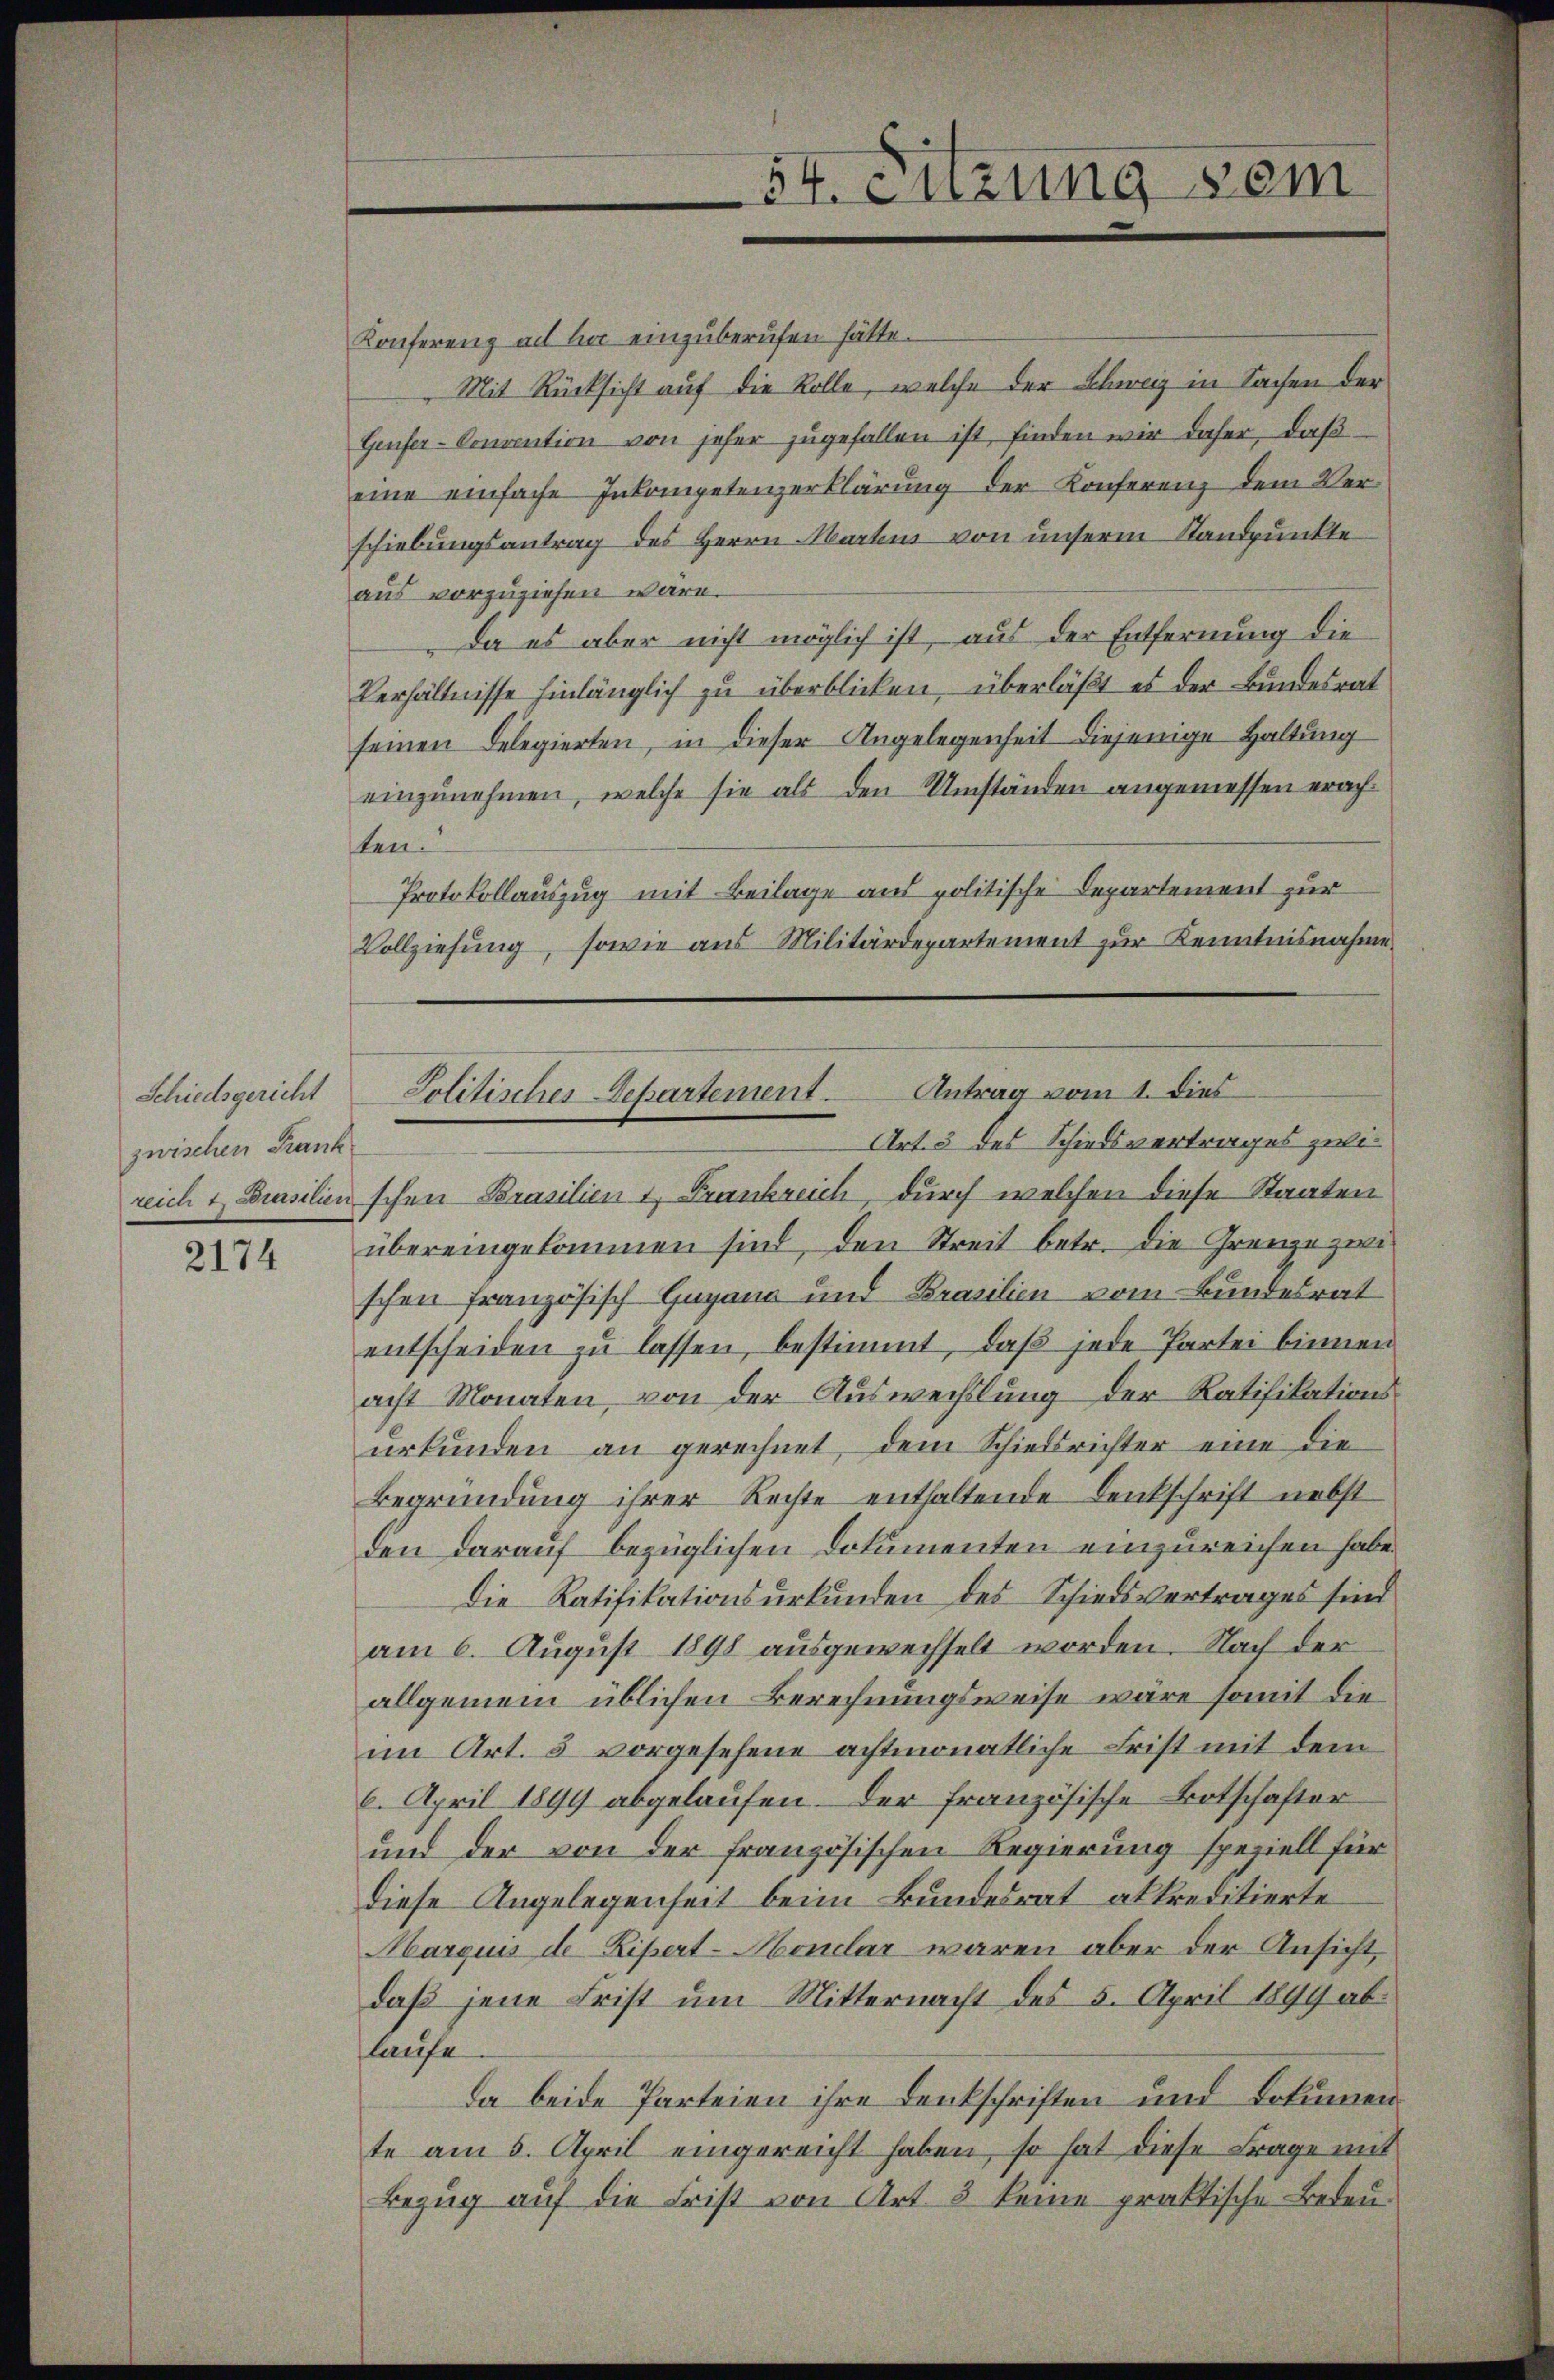
Schiedsgericht
zwischen Krank
reich 1. Brasilien

2174

54. Enzung sei

Konferenz all hat einzuberufen hätte.
Mit Rücksicht auf die Rolle, welche der Schweiz in Sachen der
Genfer-Convention von jeher zugefallen ist, finden wir daher, daß
eine einfache Inkompetenzerklärung der Konferenz dem Verschiebungsantrag des Herrn Martens von unserm Standpunkte
aus vorzuziehen wäre.
Da es aber nicht möglich ist, aus der Entfernung die
Verhältnisse hinlänglich zu überblicken, überläßt es der Bundesrat
seinen Belegierten, in dieser Angelegenheit diejenige Haltung
einzunehmen, welche sie als den Umständen angemessen erachsten.
Protokollauszug mit Beilage aus politische Departement zur
Vollziehung, sowie aus Militärdepartement zur Kenntnisnahme
Art. 3 des Schiedsvertrages zwei
schen Brasilien 1, Frankreich, durch welchen diese Staaten
übereingekommen sind, den Streit betr. die Grenze zwischen Französisch Gugang und Brasilien vom Bundesrat
entscheiden zu lassen, bestimmt, daß jede Partei binnen
acht Monaten, von der Auswechslung der Ratifikationsurkunden an gerechnet, dem Schiedsrichter eine die
Begründung ihrer Rechte enthaltende Denkschrift nebst
den darauf bezüglichen Dokumenten einzureichen habe.
Die Ratifikationsurkunden des Schiedsvertrages sind
am 6. August 1898 ausgewechselt worden. Nach der
allgemein üblichen Berechnungsweise wäre somit die
im Art. 5 vorgesehene achtmonatliche Frist mit dem
6. April 1899 abgelaufen. Der französische Botschafter
und der von der französischen Regierung speziell für
diese Angelegenheit beim Bundesrat akkreditierte
Marquis de Ripert-Aboular waren aber der Ansicht,
daß jene Frist um Mitternacht des 5. April 1899 ablaufe
Da beide Parteien ihre Denkschriften und Dokumen
te am 5. April eingereicht haben, so hat diese Frage mit
Bezug auf die Frist von Art. 8 keine praktische Bedeu-

Solitisches Departement. Antrag vom 1. dies